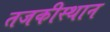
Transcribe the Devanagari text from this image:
तजकीस्थान